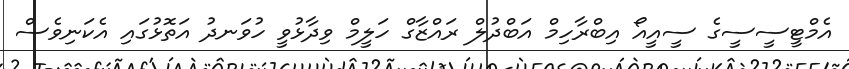
އެމްޓީސީސީގެ ސީއީއޯ އިބްރާހިމް އަބްދުލް ރައްޒާގް ހަލީމް ވިދާޅުވީ ހުވަނދު އަތޮޅުގައި އެކަނިވެސް